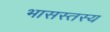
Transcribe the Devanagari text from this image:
भासस्तस्य